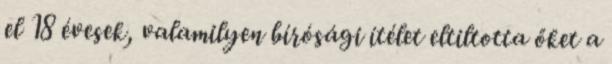
el 18 évesek, valamilyen bírósági ítélet eltiltotta őket a